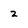
Character: 2